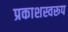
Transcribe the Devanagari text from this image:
प्रकाशस्वरूप